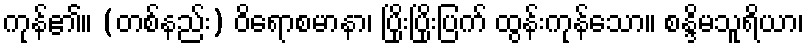
ကုန်၏။ (တစ်နည်း) ဝိရောစမာနာ၊ ပြိုးပြိုးပြက် ထွန်းကုန်သော။ စန္ဒိမသူရိယာ၊